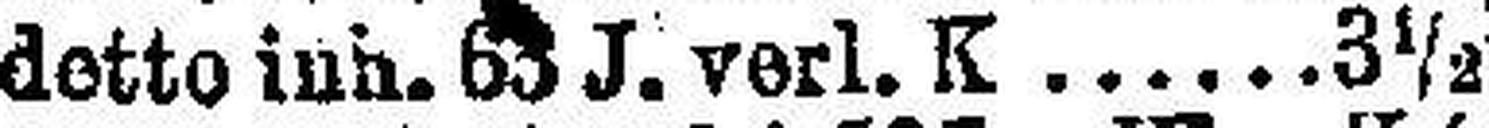
detto inh. 63 J. verl. K. 3½